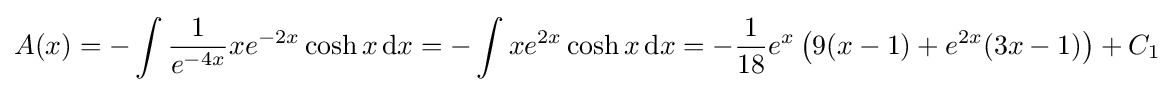
A(x)=-\int {1 \over e^{-4x}}xe^{-2x}\cosh x\,\mathrm {d} x=-\int xe^{2x}\cosh x\,\mathrm {d} x=-{1 \over 18}e^{x}\left(9(x-1)+e^{2x}(3x-1)\right)+C_{1}